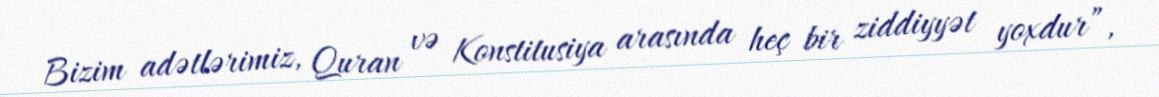
Bizim adətlərimiz, Quran və Konstitusiya arasında heç bir ziddiyyət yoxdur”,